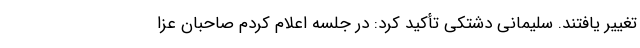
تغییر یافتند. سلیمانی دشتکی تأکید کرد: در جلسه اعلام کردم صاحبان عزا